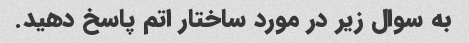
به سوال زیر در مورد ساختار اتم پاسخ دهید.